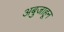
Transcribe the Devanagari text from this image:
अबुजाहून